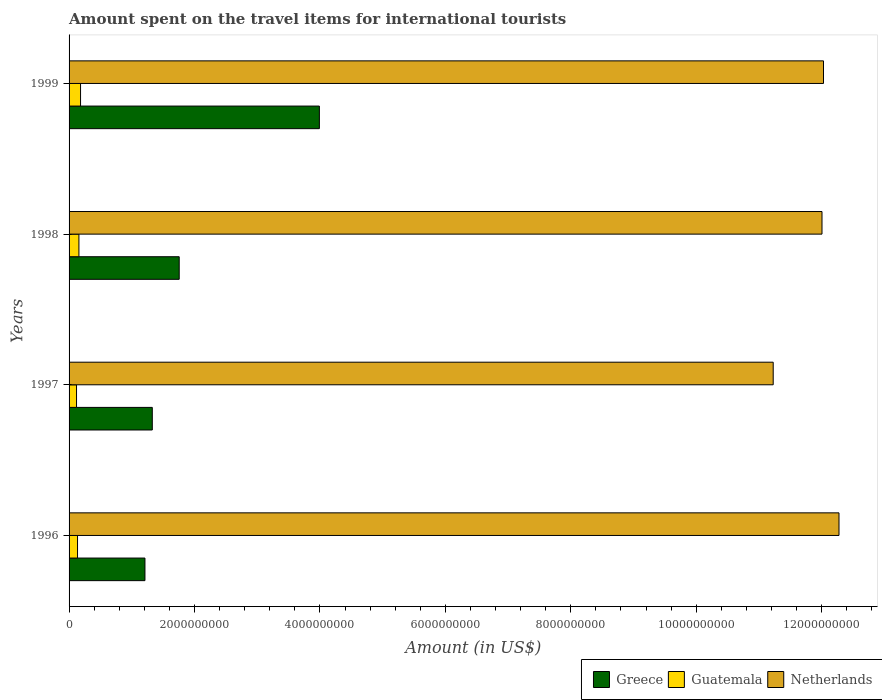
| Years | Greece | Guatemala | Netherlands |
 | --- | --- | --- | --- |
 | 1996 | 1.21e+09 | 1.35e+08 | 1.23e+10 |
 | 1997 | 1.33e+09 | 1.19e+08 | 1.12e+10 |
 | 1998 | 1.76e+09 | 1.57e+08 | 1.2e+10 |
 | 1999 | 3.99e+09 | 1.83e+08 | 1.2e+10 |